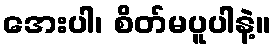
အေးပါ၊ စိတ်မပူပါနဲ့။